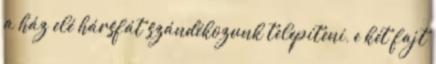
a ház elé hársfát szándékozunk telepíteni, e két fajt